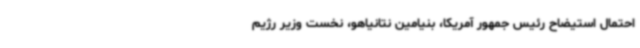
احتمال استیضاح رئیس جمهور آمریکا، بنیامین نتانیاهو، نخست وزیر رژیم